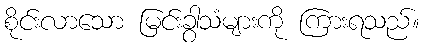
စိုင်းလာသော မြင်းခွာသံများကို ကြားရသည်။